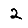
Digit: 2